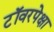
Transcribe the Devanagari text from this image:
टॉवरपेक्षा